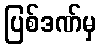
ပြစ်ဒဏ်မှ